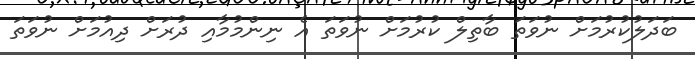
ބަދަލުކުރުމަށް ނުވަތަ ބާތިލް ކުރުމަށް ނުވަތަ އެ ނިންމުމާއި ދުރަށް ދިއުމަށް ނުވަތަ